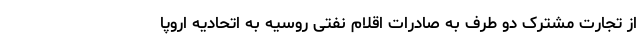
از تجارت مشترک دو طرف به صادرات اقلام نفتی روسیه به اتحادیه اروپا